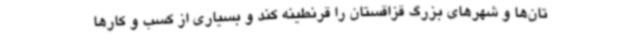
تان‌ها و شهرهای بزرگ قزاقستان را قرنطینه کند و بسیاری از کسب و کارها